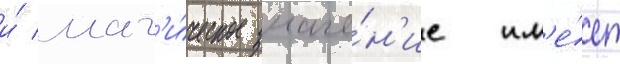
и́ маг'и́ческое значе́н'ие им'е́ет